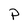
Character: P